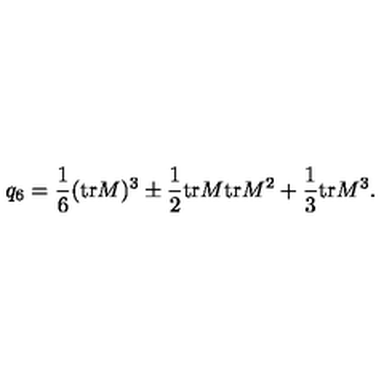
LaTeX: q _ { 6 } = \frac 1 6 ( \mathrm { t r } M ) ^ { 3 } \pm \frac 1 2 \mathrm { t r } M \mathrm { t r } M ^ { 2 } + \frac 1 3 \mathrm { t r } M ^ { 3 } .